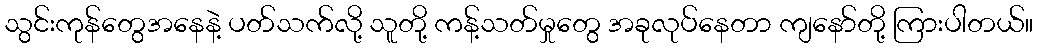
သွင်းကုန်တွေအနေနဲ့ ပတ်သက်လို့ သူတို့ ကန့်သတ်မှုတွေ အခုလုပ်နေတာ ကျနော်တို့ ကြားပါတယ်။